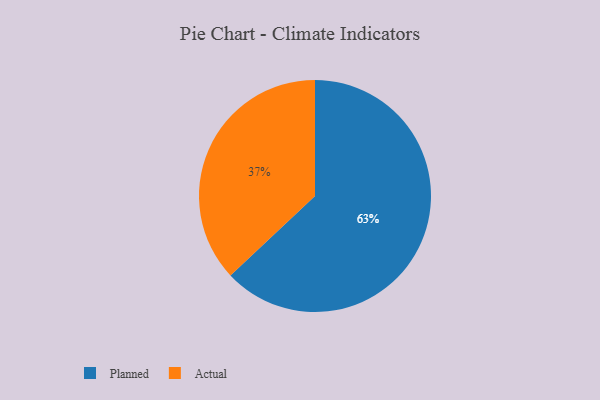
{"axis": {"x": "Category", "y": "Percentage"}, "legend": ["Actual", "Planned"], "data": [{"x": "Planned", "y": 63, "type": "Planned"}, {"x": "Actual", "y": 37, "type": "Actual"}]}